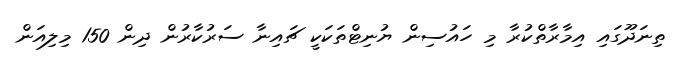
ތިނަދޫގައި އިމާރާތްކުރާ މި ހައުސިން ޔުނިޓްތަކަކީ ޗައިނާ ސަރުކާރުން ދިން 150 މިލިއަން